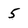
Character: 5